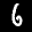
Label: 6